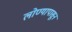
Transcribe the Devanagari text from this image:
लोण्यापासून